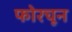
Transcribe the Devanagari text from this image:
फोरचून